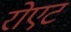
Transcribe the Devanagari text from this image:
रोएट